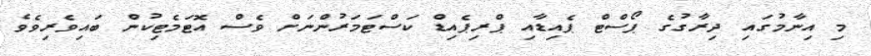
މި އިނާމުގައި ދިރާގުގެ ޕޯސްޓް ޕެއިޑާއި ޕްރިޕެއިޑް ކަސްޓަމަރުންނަށްް ވެސް އޮޓަމެޓިކުން ބައިވެރިވެވެ